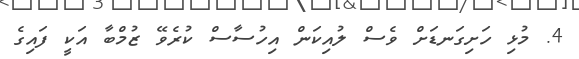
4. މުޅި ހަށިގަނޑަށް ވެސް ލުއިކަން އިހުސާސް ކުރެވޭ ޒުމްބާ އަކީ ފައިގެ